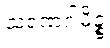
သရဏဂါမိဉ္စ